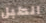
الطبل